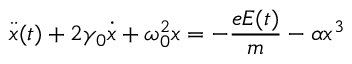
\Ddot { x } ( t ) + 2 \gamma _ { 0 } \Dot { x } + \omega _ { 0 } ^ { 2 } x = - \frac { e E ( t ) } { m } - \alpha x ^ { 3 }